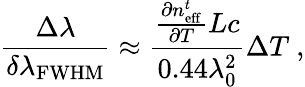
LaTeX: \frac{\Delta\lambda}{\delta\lambda_{\mathrm{FWHM}}}\approx\frac{\frac{\partial n_{\mathrm{eff}}^{t}}{\partial T}Lc}{0.44\lambda_{0}^{2}}\Delta T~,